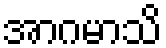
အာဂမာသိ